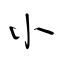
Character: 小